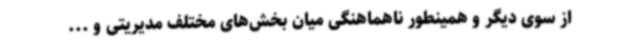
از سوی دیگر و همینطور ناهماهنگی میان بخش‌های مختلف مدیریتی و ...